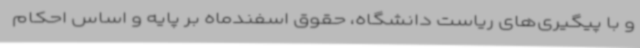
و با پیگیری‌های ریاست دانشگاه، حقوق اسفندماه بر پایه‌ و اساس احکام